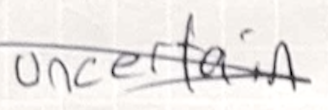
Text: uncertain
Cross-out: diagonal
Writing tool: pencil